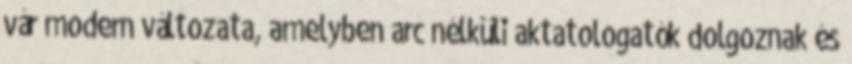
vár modern változata, amelyben arc nélküli aktatologatók dolgoznak és